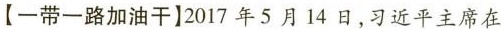
【-带一路加油干]2017年5月14日，习近平主席在